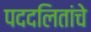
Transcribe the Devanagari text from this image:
पददलितांचे